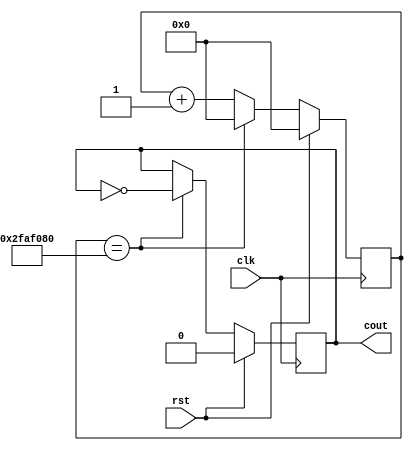
`timescale 1ns / 1ps
//////////////////////////////////////////////////////////////////////////////////
// Company: 
// Engineer: 
// 
// Design Name: 
// Module Name: half_sec_timer
// Project Name: 
// Target Devices: 
// Tool Versions: 
// Description: 
// 
// Dependencies: 
// 
// Revision:
// Revision 0.01 - File Created
// Additional Comments:
// 
//////////////////////////////////////////////////////////////////////////////////

//
module half_sec_timer(
input clk,
input rst,
output reg cout
    );
    reg [26:0]cnt;
    always@(posedge clk)begin
            if(rst)begin
                cnt <=0;
                cout <=0;
                end
            else begin
                if(cnt == 50000000>>1-1)begin
                    cout <=~cout;
                    cnt <=0;
                    end
                else begin
                    cnt <= cnt +1; 
                    //cout <= 0;
                    end
            end 
          end  
endmodule